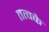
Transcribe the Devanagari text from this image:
तत्वके